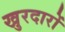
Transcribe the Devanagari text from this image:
खुरदारों